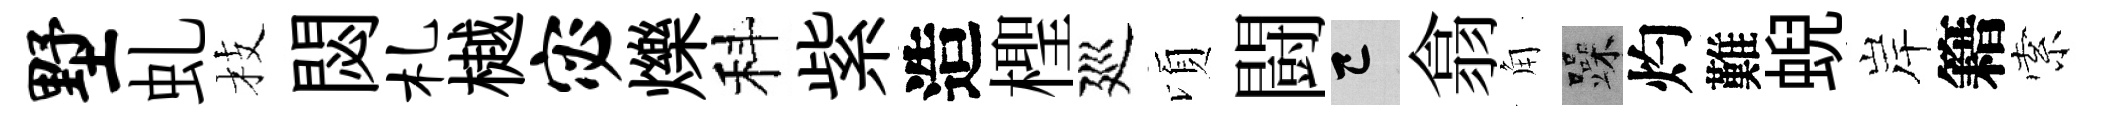
墅虬枝閟札樾宓爍科紫造檉廵頃闘巳翕角躁灼難蜺岸籍索